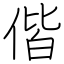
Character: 偕